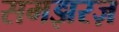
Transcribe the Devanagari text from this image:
समझरज़